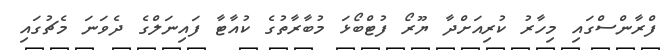
ފްރާންސްގައި މިހާރު ކުރިއަށްދާ ޔޫރޯ ފުޓްބޯޅަ މުބާރާތުގެ ކުއާޓާ ފައިނަލްގެ ދެވަނަ މެޗުގައި